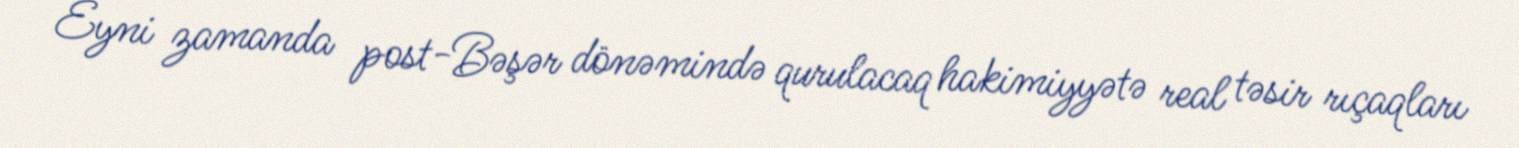
Eyni zamanda post-Bəşər dönəmində qurulacaq hakimiyyətə real təsir rıçaqları